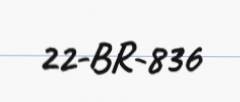
22-BR-836